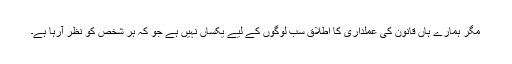
مگر ہمارے ہاں قانون کی عملداری کا اطلاق سب لوگوں کے لیے یکساں نہیں ہے جو کہ ہر شخص کو نظر آرہا ہے۔